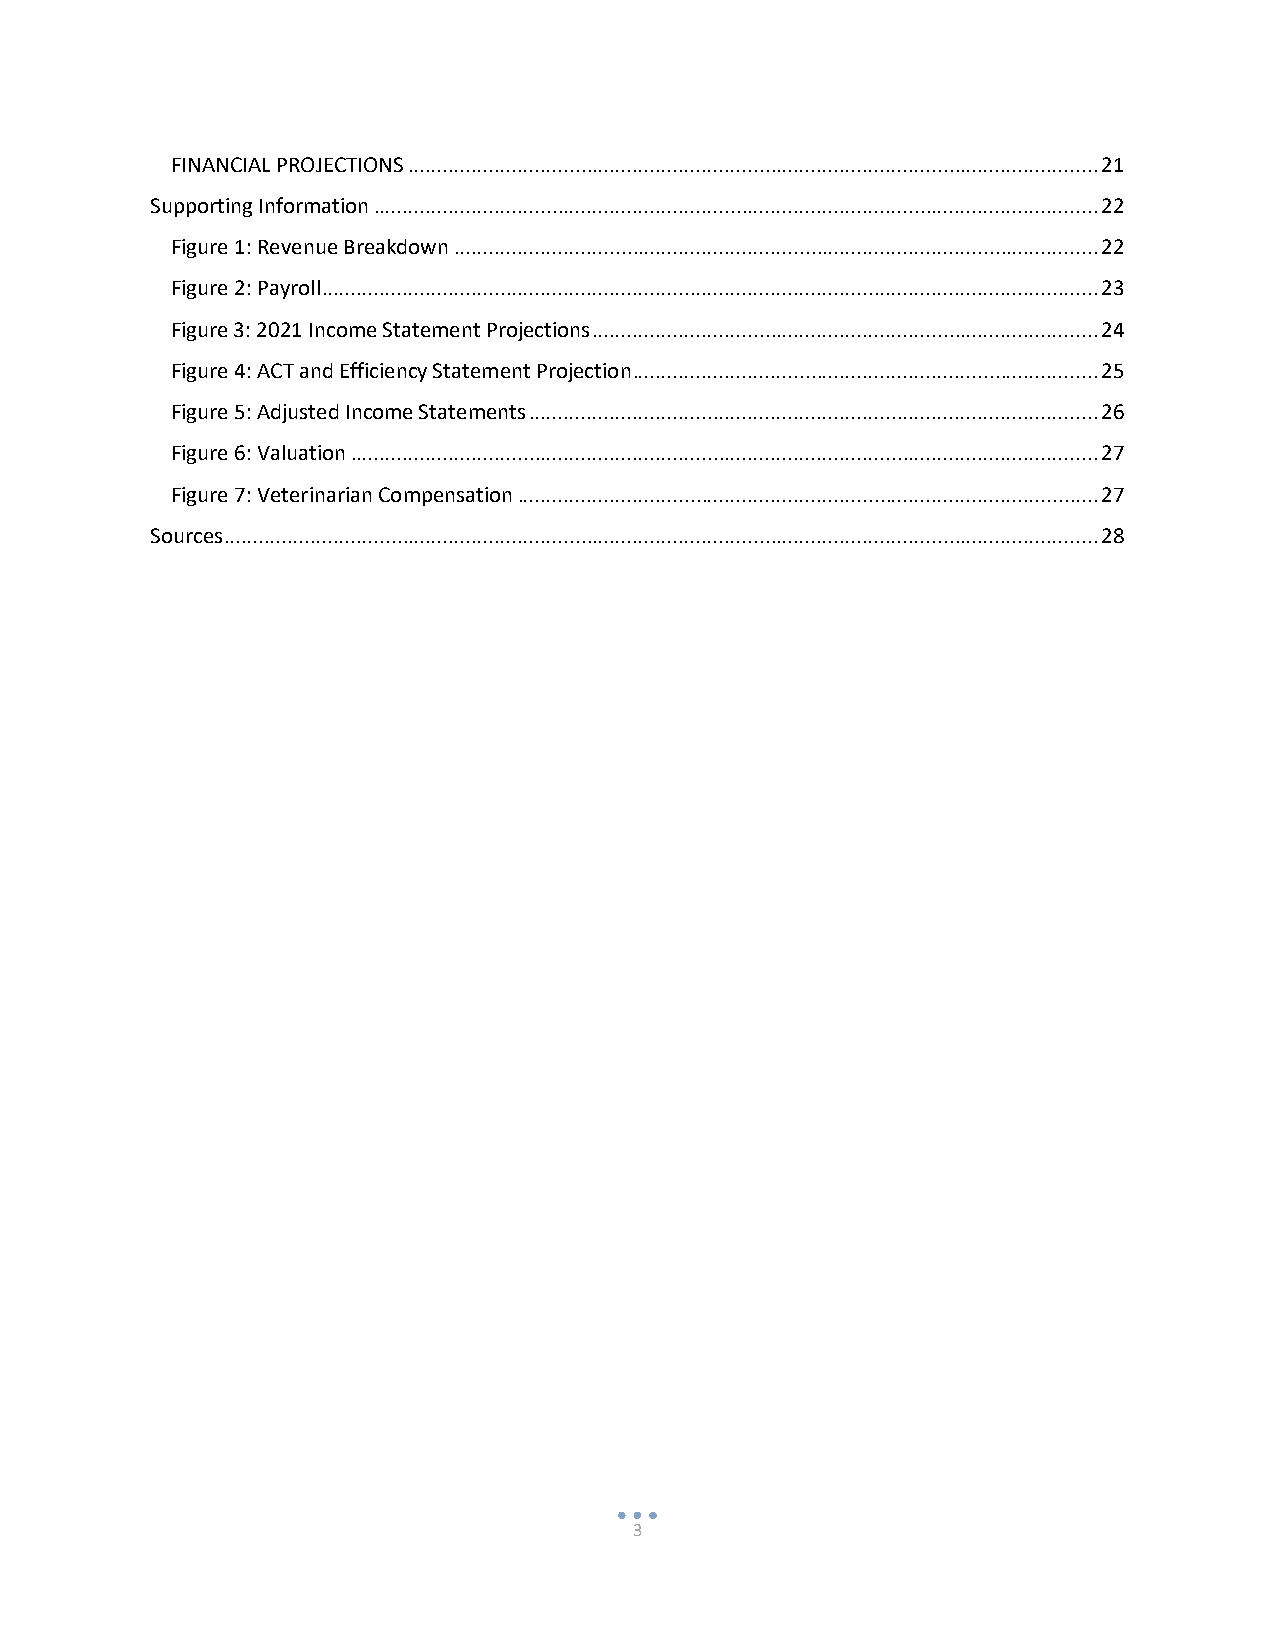
FINANCIAL PROJECTIONS ........................................................................................................................ 21
 Supporting Information .............................................................................................................................. 22
 Figure 1: Revenue Breakdown ................................................................................................................ 22
 Figure 2: Payroll ....................................................................................................................................... 23
 Figure 3: 2021 Income Statement Projections ........................................................................................ 24
 Figure 4: ACT and Efficiency Statement Projection ................................................................................. 25
 Figure 5: Adjusted Income Statements ................................................................................................... 26
 Figure 6: Valuation .................................................................................................................................. 27
 Figure 7: Veterinarian Compensation ..................................................................................................... 27
 Sources ........................................................................................................................................................ 28
 3